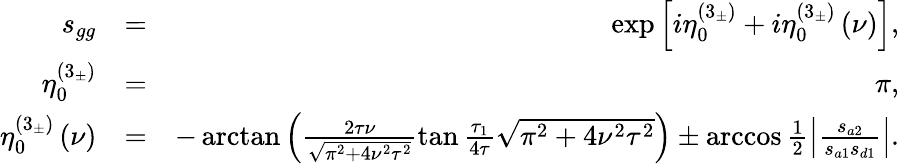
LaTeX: \begin{array}{rlr}{s_{gg}}&{=}&{\exp\left[i\eta_{0}^{\left(3_{\pm}\right)}+i\eta_{0}^{\left(3_{\pm}\right)}\left(\nu\right)\right],}\\ {\eta_{0}^{\left(3_{\pm}\right)}}&{=}&{\pi,}\\ {\eta_{0}^{\left(3_{\pm}\right)}\left(\nu\right)}&{=}&{-\arctan\left(\frac{2\tau\nu}{\sqrt{\pi^{2}+4\nu^{2}\tau^{2}}}\tan\frac{\tau_{1}}{4\tau}\sqrt{\pi^{2}+4\nu^{2}\tau^{2}}\right)\pm\operatorname{arccos}\frac{1}{2}\left\vert\frac{s_{a2}}{s_{a1}s_{d1}}\right\vert.}\end{array}